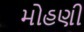
મોહણી